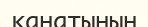
қанатынын